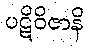
ပဋိဝိဇာနိ